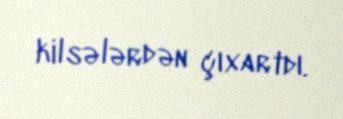
kilsələrdən çıxartdı.